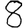
Digit: 8